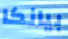
بيانكا